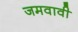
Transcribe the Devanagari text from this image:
जमवावी